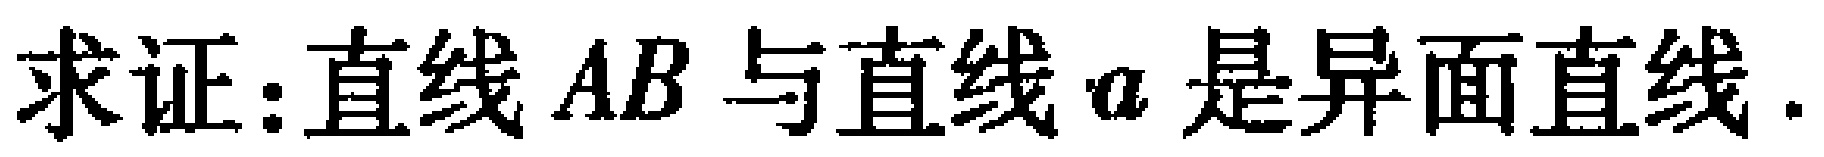
求证：直线 \(AB\) 与直线 \(a\) 是异面直线.